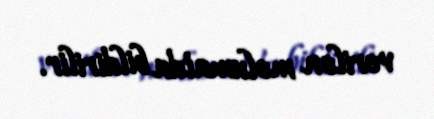
verilən məlumatda bildirilir.